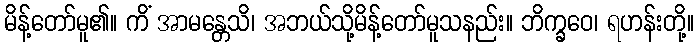
မိန့်တော်မူ၏။ ကိံ အာမန္တေသိ၊ အဘယ်သို့မိန့်တော်မူသနည်း။ ဘိက္ခဝေ၊ ရဟန်းတို့။